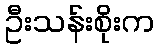
ဦးသန်းစိုးက